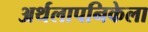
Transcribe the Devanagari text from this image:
अर्थलापनिकेला